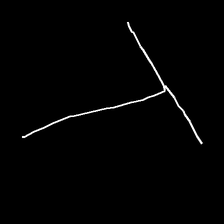
Glyph: column